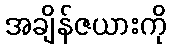
အချိန်ဇယားကို